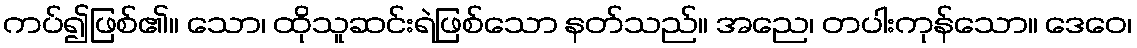
ကပ်၍ဖြစ်၏။ သော၊ ထိုသူဆင်းရဲဖြစ်သော နတ်သည်။ အညေ၊ တပါးကုန်သော။ ဒေဝေ၊